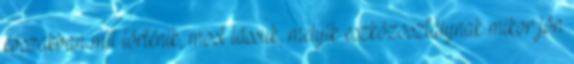
évszakban mit történik, most lássuk, melyik eszközosztálynak mikor jön